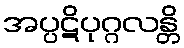
အပ္ပဋိပုဂ္ဂလန္တိ